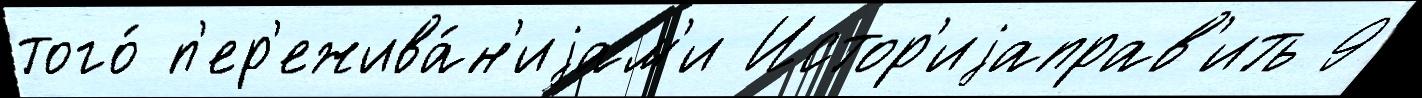
того́ п'ер'ежива́н'иjам'и Истор'иjаправ'ить 9